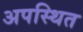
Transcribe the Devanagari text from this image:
अपस्थित